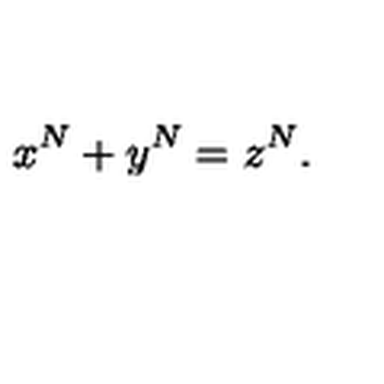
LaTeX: x ^ { N } + y ^ { N } = z ^ { N } .